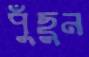
পুঁছুন